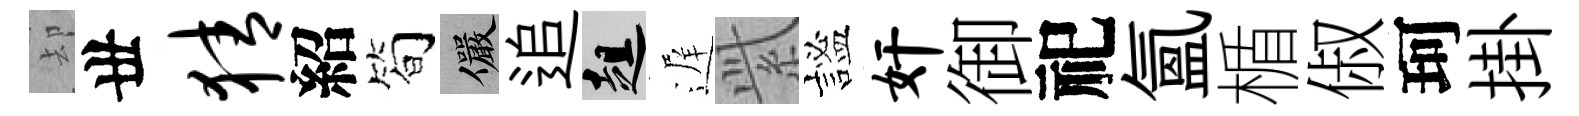
却丗猜紹简儼追趄遅𬗋謐奸御祀氳楯俶珂掛